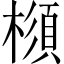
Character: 𣛪